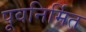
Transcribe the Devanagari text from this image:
पूवनिर्मित